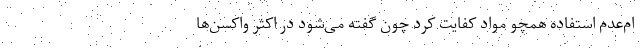
ام‌عدم استفاده همچو مواد کفایت کرد چون گفته می‌شود در اکثر واکسن‌ها